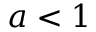
a < 1